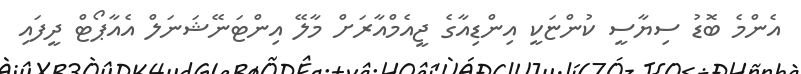
އެންމެ ބޮޑު ސިޔާސީ ކުންޏަކީ އިންޑިއާގެ ޖީއެމްއާރަށް މާލޭ އިންޓަނޭޝަނަލް އެއާޕޯޓް ދީފައި